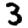
Digit: 3